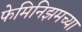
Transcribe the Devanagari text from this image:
फेमिनिझमच्या